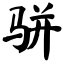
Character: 骈